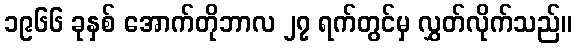
၁၉၆၆ ခုနှစ် အောက်တိုဘာလ ၂၇ ရက်တွင်မှ လွှတ်လိုက်သည်။